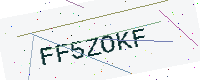
Text: FF5ZOKF